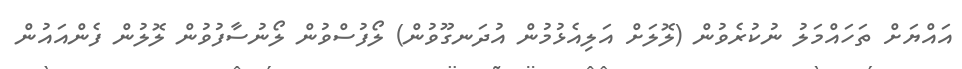
އައްޔަށް ތަހައްމަލު ނުކުރެވުން (ލޮލަށް އަލިއެޅުމުން އުދަނގޫވުން) ލޯފުސްވުން ލޯނުސާފުވުން ލޮލުން ފެންއައުން